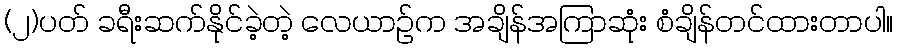
(၂)ပတ် ခရီးဆက်နိုင်ခဲ့တဲ့ လေယာဉ်က အချိန်အကြာဆုံး စံချိန်တင်ထားတာပါ။